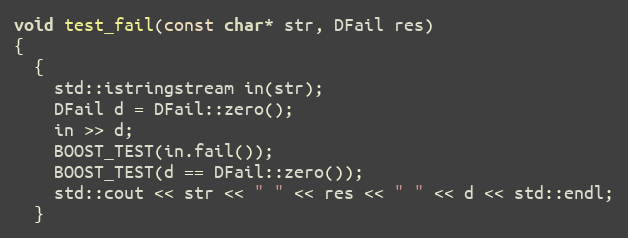
Language: C++
void test_fail(const char* str, DFail res)
{
  {
    std::istringstream in(str);
    DFail d = DFail::zero();
    in >> d;
    BOOST_TEST(in.fail());
    BOOST_TEST(d == DFail::zero());
    std::cout << str << " " << res << " " << d << std::endl;
  }